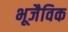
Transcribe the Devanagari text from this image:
भूजैविक